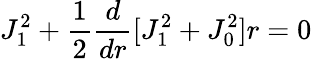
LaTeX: J_{1}^{2}+\frac{1}{2}\frac{d}{dr}[J_{1}^{2}+J_{0}^{2}]r=0